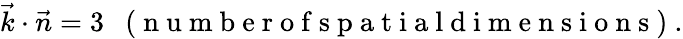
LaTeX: \vec{k}\cdot\vec{n}=3\enspace\mathrm{~(~n~u~m~b~e~r~o~f~s~p~a~t~i~a~l~d~i~m~e~n~s~i~o~n~s~)~}.